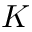
K